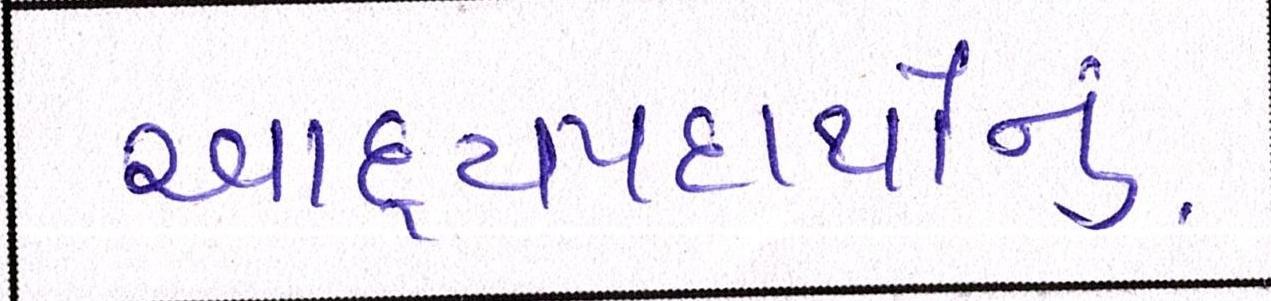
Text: ખાદ્યપદાર્થોનું